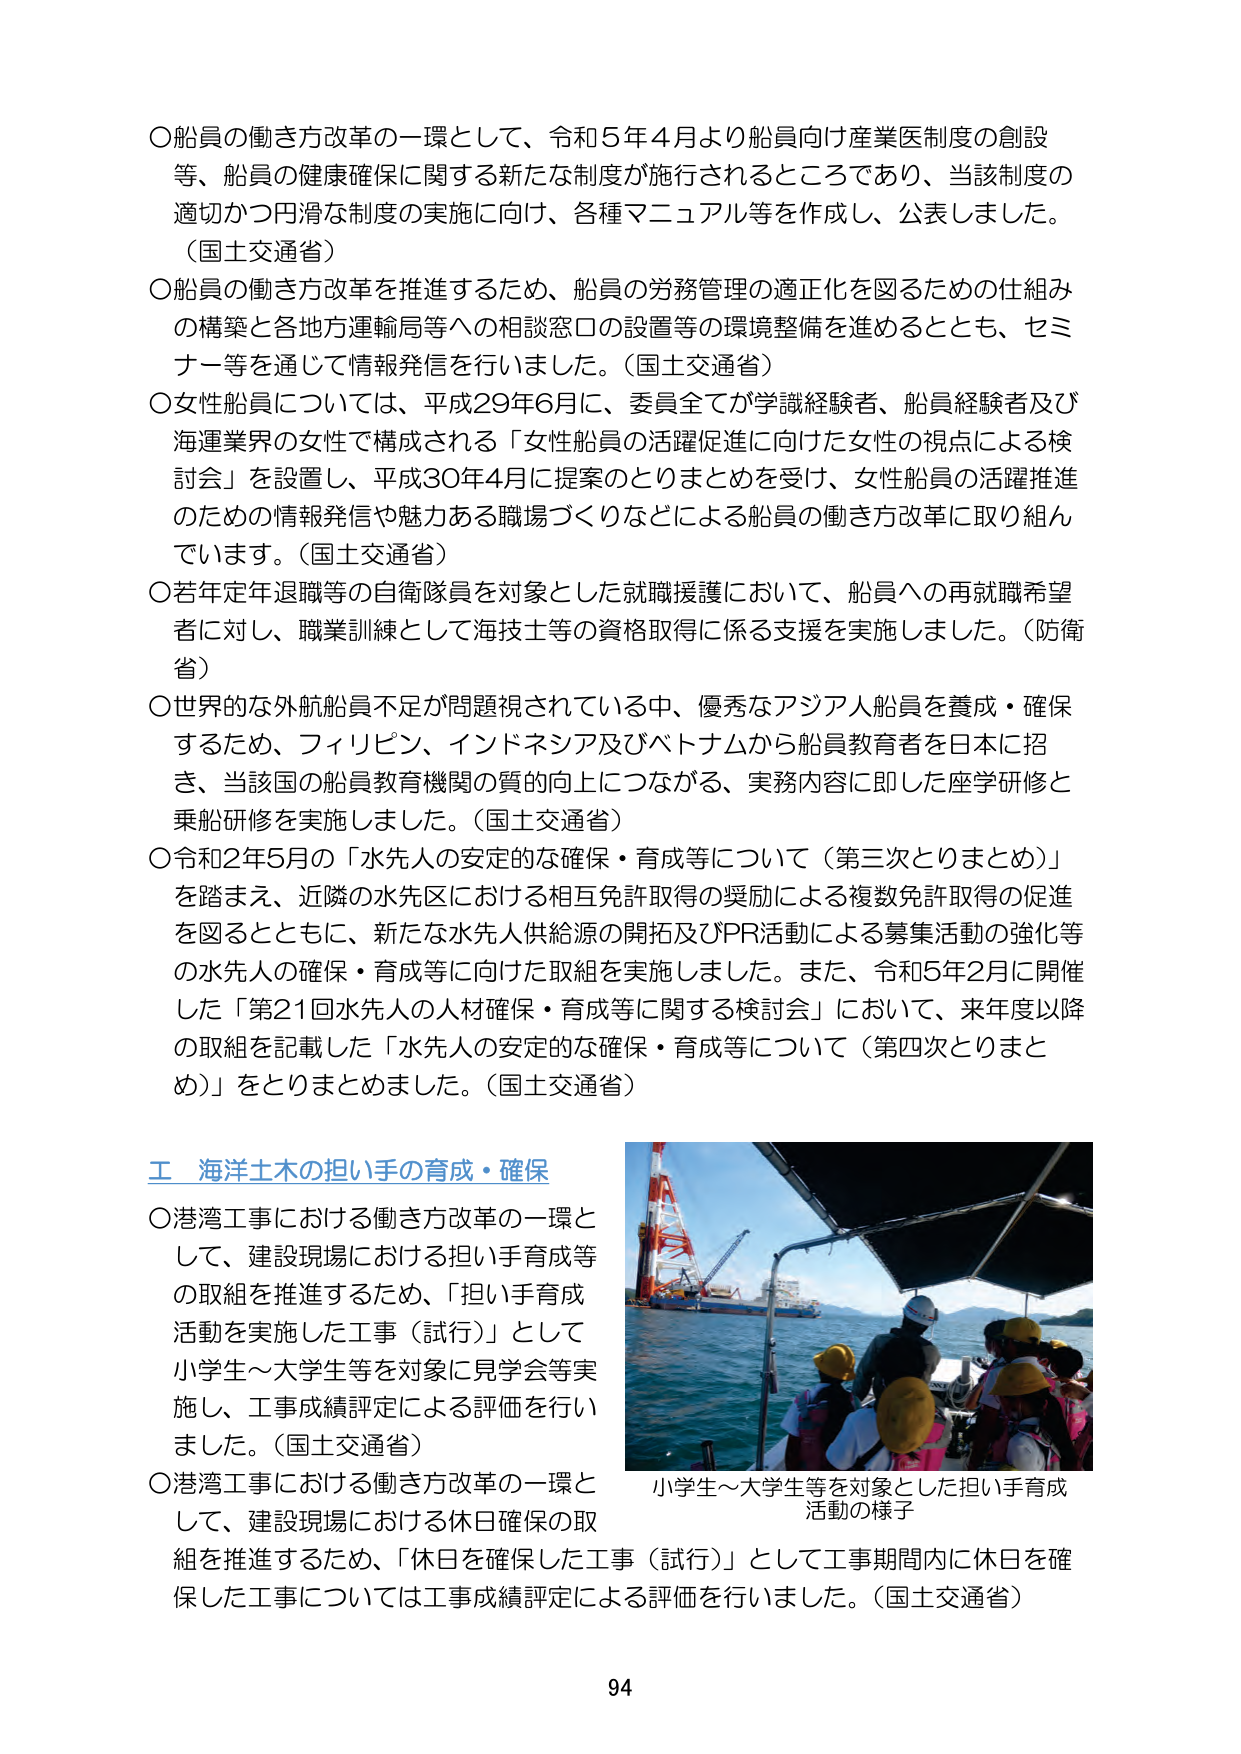
〇船員の働き方改革の一環として、令和5年4月より船員向け産業医制度の創設等、船員の健康確保に関する新たな制度が施行されるところであり、当該制度の適切かつ円滑な制度の実施に向け、各種マニュアル等を作成し、公表しました。（国土交通省）

〇船員の働き方改革を推進するため、船員の労務管理の適正化を図るための仕組みの構築と各地方運輸局等への相談窓口の設置等の環境整備を進めるととも、セミナー等を通じて情報発信を行いました。（国土交通省）

〇女性船員については、平成29年6月に、委員全てが学識経験者、船員経験者及び海運業界の女性で構成される「女性船員の活躍促進に向けた女性の視点による検討会」を設置し、平成30年4月に提案のとりまとめを受け、女性船員の活躍推進のための情報発信や魅力ある職場づくりなどによる船員の働き方改革に取り組んでいます。（国土交通省）

〇若年定年退職等の自衛隊員を対象とした就職援護において、船員への再就職希望者に対し、職業訓練として海技士等の資格取得に係る支援を実施しました。（防衛省）

〇世界的な外航船員不足が問題視されている中、優秀なアジア人船員を養成・確保するため、フィリピン、インドネシア及びベトナムから船員教育者を日本に招き、当該国の船員教育機関の質の向上につながる、実務内容に即した座学研修と乗船研修を実施しました。（国土交通省）

〇令和2年5月の「水先人の安定的な確保・育成等について（第三次とりまとめ）」を踏まえ、近隣の水先区における相互免許取得の奨励による複数免許取得の促進を図るとともに、新たな水先人供給源の開拓及びPR活動による募集活動の強化等の水先人の確保・育成等に向けた取組を実施しました。また、令和5年2月に開催した「第21回水先人の人材確保・育成等に関する検討会」において、来年度以降の取組を記載した「水先人の安定的な確保・育成等について（第四次とりまとめ）」をとりまとめました。（国土交通省）

工 海洋土木の担い手の育成・確保

〇港湾工事における働き方改革の一環として、建設現場における担い手育成等の取組を推進するため、「担い手育成活動を実施した工事（試行）」として小学生～大学生等を対象に見学会等実施し、工事成績評定による評価を行いました。（国土交通省）

〇港湾工事における働き方改革の一環として、建設現場における休日確保の取組を推進するため、「休日を確保した工事（試行）」として工事期間内に休日を確保した工事については工事成績評定による評価を行いました。（国土交通省）

小学生～大学生等を対象とした担い手育成活動の様子

94